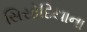
સિસોદિયાના